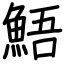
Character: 鯃